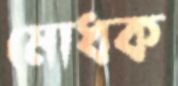
মোধক